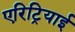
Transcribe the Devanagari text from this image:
एरिट्रियाई